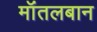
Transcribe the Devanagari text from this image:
मॉंतलबान